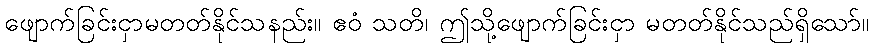
ဖျောက်ခြင်းငှာမတတ်နိုင်သနည်း။ ဧဝံ သတိ၊ ဤသို့ဖျောက်ခြင်းငှာ မတတ်နိုင်သည်ရှိသော်။